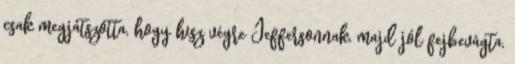
csak megjátszotta, hogy hisz végre Jeffersonnak, majd jól fejbevágta,